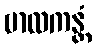
ဗာလကန္တံ